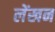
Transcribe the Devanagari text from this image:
लेंखन